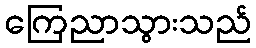
ကြေညာသွားသည်